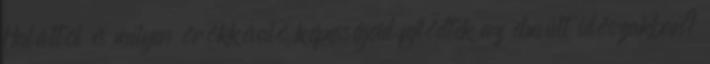
Haláltól és milyen örökkévaló képességeid fejlődtek az elmúlt időszakban?